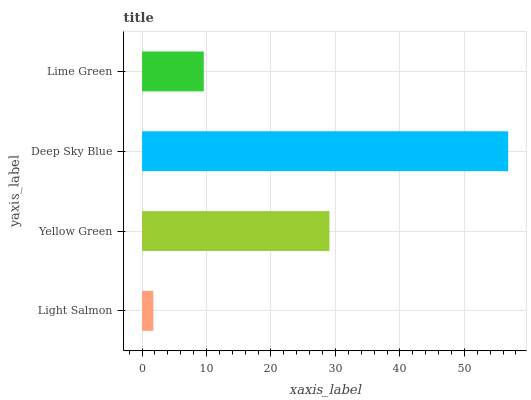
| yaxis_label | bars |
 | --- | --- |
 | Light Salmon | 1.74 |
 | Yellow Green | 29.1 |
 | Deep Sky Blue | 56.8 |
 | Lime Green | 9.57 |